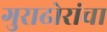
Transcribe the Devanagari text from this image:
गुराढोरांचा